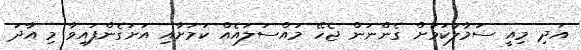
އަދި މިއީ ސަމާލުކަމަށް ގެންނަން ޖެހޭ މައްސަލައެއް ކަމަށާއި އަށަގެންފައިވާ މި އާދަ